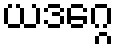
ယဒဂ္ဂေ